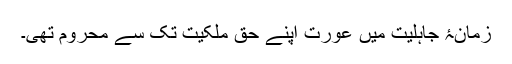
زمانۂ جاہلیت میں عورت اپنے حق ملکیت تک سے محروم تھی۔